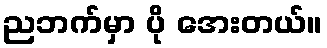
ညဘက်မှာ ပို အေးတယ်။